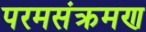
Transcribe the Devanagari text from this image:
परमसंक्रमण